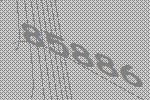
85886